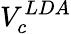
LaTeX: V_{c}^{LDA}